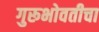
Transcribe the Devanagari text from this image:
गुरूभोवतीचा